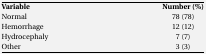
| Variable | Number (%) |
 | --- | --- |
 | Normal | 78 (78) |
 | Hemorrhage | 12 (12) |
 | Hydrocephaly | 7 (7) |
 | Other | 3 (3) |